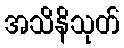
အသိနိသုတ်